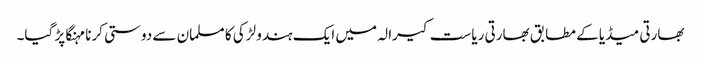
بھارتی میڈیا کے مطابق بھارتی ریاست کیرالہ میں ایک ہندو لڑکی کا مسلمان سے دوستی کرنا مہنگا پڑ گیا۔